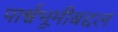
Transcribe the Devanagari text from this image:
पार्श्वभूमीबद्दल